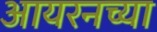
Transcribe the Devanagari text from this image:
आयरनच्या